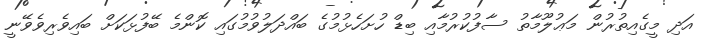
އަދި މީގެއިތުރުން މަޢުލޫމާތު ސާފުކުރުމާއި ބިޑް ހުށަހެޅުމުގެ ބައްދަލުވުމުގައި ކޮންމެ ބޭފުޅަކަށް ބައިވެރިވެވޭނީ